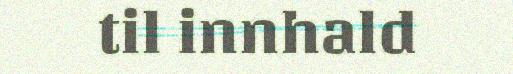
til innhald